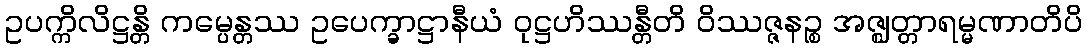
ဥပက္ကိလိဋ္ဌန္တိ ကမ္ပေန္တဿ ဥပေက္ခာဋ္ဌာနီယံ ဝုဋ္ဌဟိဿန္တီတိ ဝိဿဇ္ဇနဉ္စ အဇ္ဈတ္တာရမ္မဏာတိပိ